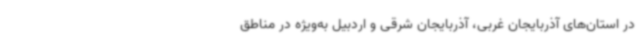
در استان‌های آذربایجان غربی، آذربایجان شرقی و اردبیل به‌ویژه در مناطق